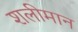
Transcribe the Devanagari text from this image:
शलीमान